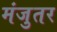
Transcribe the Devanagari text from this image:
मंजुतर